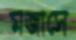
মজাসে